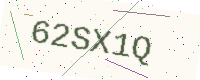
Text: 62SX1Q